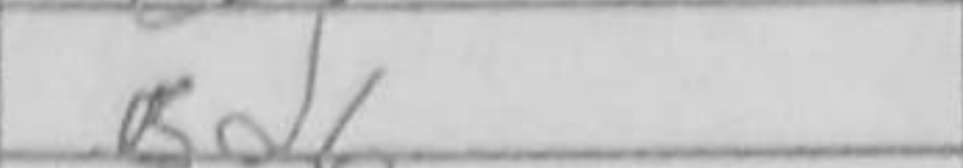
Transcription: Bd6